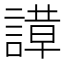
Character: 𬢼